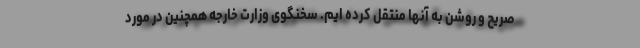
صریح و روشن به آنها منتقل کرده ایم. سخنگوی وزارت خارجه همچنین در مورد